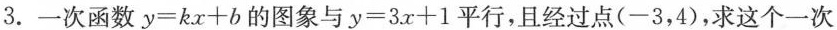
3.一次函数 $$y = k x + b$$ 的图象与 $$y = 3 x + 1$$ 平行，且经过点(-3，4)，求这个一次